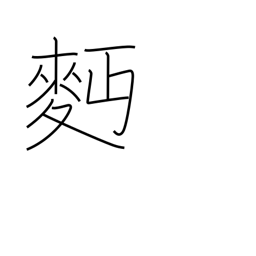
Meaning: wheat flour